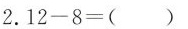
2.$$1 2 - 8 = ( )$$